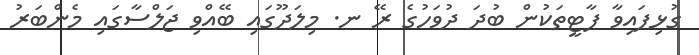
ގުޅިފައިވާ ޕާޓީތަކުން ބުދަ ދުވަހުގެ ރޭ ނ. މިލަދޫގައި ބޭއްވި ޖަލްސާގައި މެންބަރު